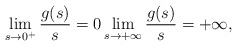
\begin{align*}\lim_{s\to 0^{+}} \dfrac{g(s)}{s} =0 \lim_{s\to +\infty} \dfrac{g(s)}{s} = +\infty,\end{align*}